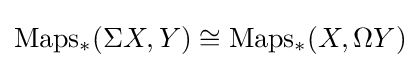
\mathrm {Maps_{*}} (\Sigma X,Y)\cong \mathrm {Maps_{*}} (X,\Omega Y)